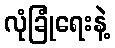
လုံခြုံရေးနဲ့